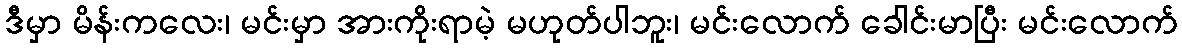
ဒီမှာ မိန်းကလေး၊ မင်းမှာ အားကိုးရာမဲ့ မဟုတ်ပါဘူး၊ မင်းလောက် ခေါင်းမာပြီး မင်းလောက်